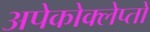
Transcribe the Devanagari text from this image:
अपेकोक्लेप्तो